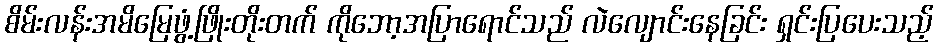
စိမ်းလန်းအမိမြေဖွံ့ဖြိုးတိုးတက် ကိုဘော့အပြာရောင်သည် လဲလျောင်းနေခြင်း ရှင်းပြပေးသည့်